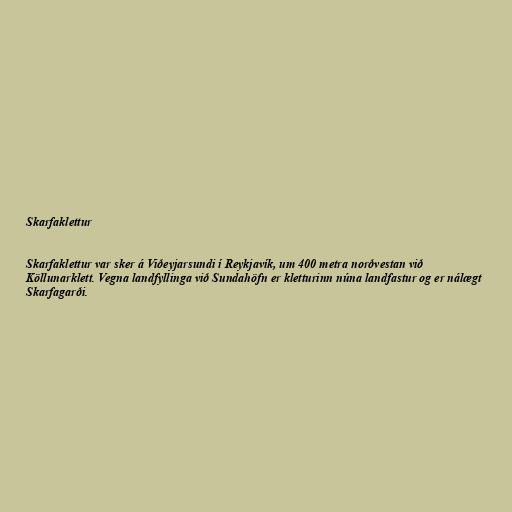
Skarfaklettur

Skarfaklettur var sker á Viðeyjarsundi í Reykjavík, um 400 metra norðvestan við
Köllunarklett. Vegna landfyllinga við Sundahöfn er kletturinn núna landfastur og er nálægt
Skarfagarði.